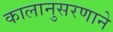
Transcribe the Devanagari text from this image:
कालानुसरणाने